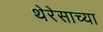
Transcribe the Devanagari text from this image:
थेरेसाच्या